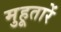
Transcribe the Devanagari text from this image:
मुहूतारें